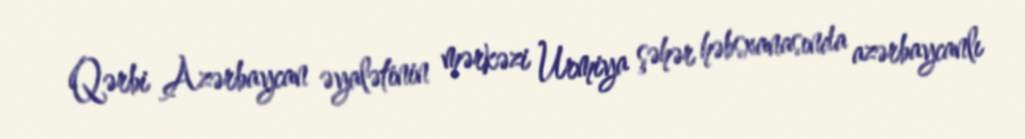
Qərbi Azərbaycan əyalətinin mərkəzi Urmiya şəhər həbsxanasında azərbaycanlı